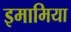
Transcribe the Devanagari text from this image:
इमामिया